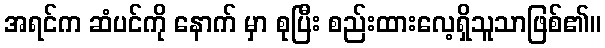
အရင်က ဆံပင်ကို နောက် မှာ စုပြီး စည်းထားလေ့ရှိသူသာဖြစ်၏။